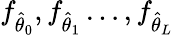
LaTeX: f_{\hat{\theta}_{0}},f_{\hat{\theta}_{1}}\ldots,f_{\hat{\theta}_{L}}